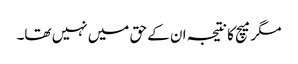
مگر میچ کا نتیجہ ان کے حق میں نہیں تھا۔